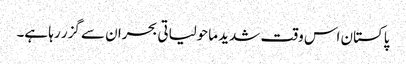
پاکستان اس وقت شدید ماحولیاتی بحران سے گزر رہا ہے۔